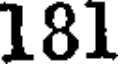
181